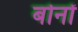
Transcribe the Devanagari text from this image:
बोनों